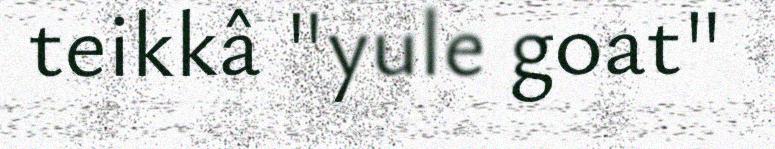
teikkâ "yule goat"